Annual statistical returns and brief notes on vaccination in Bengal - 1896-1909
Year: 1896
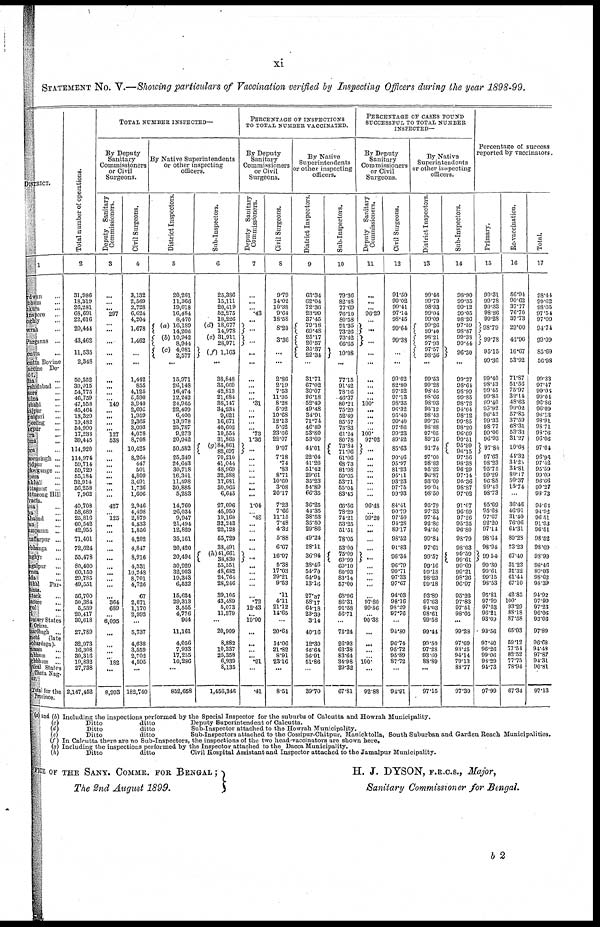
xi
STATEMENT NO. V.—Showing particulars of Vaccination verified by Inspecting Officers during the year 1898-99.
DISTRICT.
1
Burdwan ...
Birbhum ...
Bankura ...
Midnapore ...
Hooghly ...
Howrah ...
24-Parganas ...
Calcutta ...
Calcutta Bovine
Vaccine De¬
pôt,
Nadia ...
Murshidabad ...
Jessore
...
Khulna
...
Rajshahi ...
Dinajpur ...
Jalpaiguri ...
Darjeeiling ...
Rangpur ...
Bogra
...
Pabna ...
Dacca ...
Mymensingh ...
Faridpur ...
Backergunge ...
Tippera ...
Noakhali ...
Chittagong ...
Chittagong Hill
Tracts. Patna ...
Gaya ...
Shahabad ...
Saran ...
Champaran ...
Muzaffarpur ...
Darbhanga ...
Monghyr ...
Bhagalpur ...
Purnea ...
Malda ...
Sonthal Par¬
ganas.
Cuttack ...
Balasore ...
Angul ...
Puri ...
Tributary
States
of Orissa.
Hazaribagh ...
Ranchi (late
Lohardaga).
Palamau ...
Manbhum ...
Singhbhum ...
Political states
of Chota Nag¬
pur.
Total for the
Province.
Total number of operations.
2
31,986
18,319
26,281
68,691
22,616
20,444
43,462
11,535
2,348
50,352
39,015
54,775
46,759
47,558
45,464
18,329
19,482
54,990
17,233
39,445
114,920
114,974
59,714
59,729
65,184
32,914
56,258
7,962
40,703
58,689
25,816
60,542
42,955
71,401
72,624
55,478
80,400
60,150
29,785
49,551
56,700
50,384
5,539
20,417
30,618
27,789
32,973
16,308
30,316
19,832
27,738
2,147,452
TOTAL NUMBER INSPECTED—
By Deputy
Sanitary
Commissioners
or Civil
Surgeons.
Deputy Sanitary
Commissioners.
3
...
...
... 297
...
... ...
...
...
...
...
...
...
... 149
... ...
...
...
127
538
...
...
...
... ...
... ...
...
427
... 125
... ...
...
...
...
...
...
... ...
...
364
689
... 6,095
...
...
...
... 182
...
8,993
Civil Surgeons.
4
3,132
2,569
2,728
6,624
4,204
1,678
1,462
...
...
1,442
855
4,125
5,590
3,940
2,695
1,959
2,365
3,093
4,078
8,708
10,425
8,264
447
501
4,809
3,491
1,736
1,606
2,946
4,498
2,879
4,533
1,856
4,202
4,847
8,916
4,331
10,248
8,701
4,726
67
2,071
1,170
2,992
...
5,737
4,638
3,559
2,702
4,595
...
182,740
By Native Superintendents
or other inspecting
officers.
District Inspectors.
5
20,261
11,366
19,018
16,484
8,470
(a) 16,189
14,206
(b) 10,942
8,944
(c) 4,081
2,577
...
15,971
26,148
16,474
12,242
24,965
22,499
6,400
13,978
25,787
9,273
20,942
50,582
25,349
24,643
30,718
16,341
11,598
30,885
5,283
14,760
26,034
9,947
21,494
12,829
35,161
20,420
20,494
30,929
32,903
19,343
6,522
15,634
29,313
3,555
4,776
964
11,161
4,056
7,933
17,255
10,286
...
852,658
Sub-Inspectors.
6
25,386
15,111
20,419
52,275
18,226
(d) 18,677
14,978
(c) 31,911
28,971
(f) 1,163
...
38,848
35,669
42,813
21,684
38,147
34,234
9,621
16,671
40,602
10,554
31,865
(g)84,861
82,697
70,210
41,044
48,969
32,588
17,681
30,965
6,645
27,096
45,950
19,160
32,243
22,128
55,729
38,491
(h)41,661
38,830
55,551
48,682
24,764
28,246
89,105
43,489
5,073
11,579
...
20,909
8,882
10,337
25,358
6,939
8,135
1,456,346
PERCENTAGE OF INSPECTIONS
TO TOTAL NUMBER VACCINATED.
By Deputy
Sanitary
Commissioners
or Civil
Surgeons.
Deputy Sanitary
Commissioners.
7
...
...
... .43
...
...
...
...
...
... ...
...
... .31
...
...
...
... .73
1.36
...
...
...
... ...
...
...
...
1.04
... .48
...
...
...
...
...
...
...
... ...
...
.72
12.43
...
19.90
...
...
... ... .91
...
.41
Civil Surgeons.
8
9.79
14.02
10.38
9.64
18.58
8.20
3.36
...
...
2.86
2.19
753
11.95
8.28
5.92
10.68
12.13
5.62
23.66
22.07
9.07
7.18
.74
.83
8.71
10.60
3.08
20.17
7.23
7.66
11.15
7.48
4.32
5.88
6.67
16.07
5.38
17.03
29.21
9.53
.11
4.11
21.12
11.65
...
20.64
14.06
21.82
8.91
23.16
...
8.51
By Native
Superintendents
or other inspecting
officers.
District Inspectors.
9
63.34
62.04
72.36
23.99
37.45
79.18
69.48
25.17
20.57
35.37
22.34
...
31.71
67.02
30.07
26.18
52.49
49.48
34.91
71.74
46.89
53.80
53.09
41.01
22.04
41.26
51.42
29.61
35.23
54.89
66.35
36.25
44.35
38.53
35.50
29.86
49.24
28.11
36.94
38.46
54.70
64.94
13.16
27.37
58.17
64.18
23.39
314
40.16
12.30
48.64
56.91
51.86
...
39.70
Sub-Inspectors.
10
79.36
82.48
77.69
76.10
80.58
91.35
73.26
73.42
66.65
10.08
...
77.15
91.42
78.16
46.37
80.21
75.29
52.49
85.57
73.83
61.24
80.78
73.81
71.96
61.06
68.73
81.98
59.05
63.71
55.04
83.45
66.56
78.29
74.21
53.25
51.51
78.05
53.00
75.09
69.99
69.10
80.93
83-14
57.00
68.96
86.31
91.58
56.71
75.24
26.93
63.38
83.64
34.98
29.32
67.81
PERCENTAGE OF CASES FOUND
SUCCESSFUL TO TOTAL NUMBER
INSPECTED—
By Deputy
Sanitary
Commissioners
or Civil
Surgeons.
Deputy Sanitary
Commissioners.
11
...
...
... 96.29
...
...
...
...
...
...
... ...
...
100.
...
...
...
... 100.
97.02
...
... ...
...
...
...
... ...
96.48
... 99.20
... ...
...
...
...
... ...
... ...
...
97.80
99.56
... 90.38
...
...
...
... 100.
...
92.88
Civil Surgeons.
12
91.50
99.02
99.41
97.14
98.45
99.64
99.38
...
...
99.02
82.80
97.52
97.13
98.35
90.32
95.40
99.40
97.86
99.23
89.52
85.63
90.46
95.07
81.23
95.11
93.23
97.75
99.93
84.41
90.79
97.50
94.28
89.17
98.52
91.83
96.34
96.79
99.71
97.33
97.67
94.03
98.16
98.29
97.76
...
94.30
96.74
95.72
95.89
87.72
...
94.91
By Native
Superintendents
or other inspecting
officers.
District Inspectors.
13
99.46
99.79
98.33
99.04
99.09
99.26
99.40
98.21
97.93
97.57
98.56
...
99.53
99.28
98.45
98.66
98.93
95.12
98.43
99.76
98.88
97.05
89.16
91.74
97.00
98.83
95.22
96.87
93.09
99.04
98.50
95.79
97.33
97.54
92.86
94.50
99.84
97.61
99.57
99.16
99.18
98.23
99.18
93.89
97.63
94.03
98.61
99.58
99.44
99.50
97.28
93.60
88.89
...
97.15
Sub-Inspectors.
14
98.90
99.35
99.12
99.05
98.26
97.59
98.87
99.38
99.44
96.30
...
99.27
98.61
98.99
99.85
98.72
94.64
98.12
99.85
98.20
96.69
90.51
95.99
96.15
97.56
98.38
96.29
97.14
95.36
98.87
97.02
91.07
96.69
97.26
95.25
96.80
98.79
98.03
99.59
99.61
99.69
99.21
98.26
96.97
95.26
97.83
97.51
98.05
...
99.28
97.69
93.25
94.14
79.13
83.77
97.39
Percentage of success
reported by vaccinators.
Primary.
15
99.31
99.78
99.33
98.26
99.28
98.79
99.78
95.15
99.36
99.40
98.43
99.45
99.85
99.40
93.92
96.42
99.33
98.77
99.00
96.93
97.84
97.63
98.23
95.75
99.29
90.85
99.43
98.73
95.69
95.63
97.67
92.20
97.14
98.64
98.94
99.54
99.30
99.61
99.15
98.53
95.81
97.99
97.53
96.21
93.00
98.56
97.40
96.20
99.06
93.29
94.73
97.99
Re-vaccination.
16
56.94
90.62
37.77
76.70
37.73
29.00
42.96
16.67
53.92
71.87
51.56
75.97
32.14
48.63
90.02
57.85
37.59
68.31
53.33
31.27
10.63
41.32
31.25
34.81
80.17
50.37
15.74
...
36.46
46.91
31.40
76.06
64.31
80.28
73.23
67.40
31.23
31.32
61.41
67.10
42.85
100.
93.29
88.18
87.58
65.03
59.12
77.54
82.52
77.75
78.94
67.34
Total.
17
98.41
99.62
98.05
97.54
97.09
94.74
99.09
85.69
50.98
99.33
97.47
99.05
99.01
96.86
96.09
96.13
93.91
98.71
98.76
96.06
97.04
96.96
97.42
95.59
99.09
96.66
99.27
93.73
91.68
94.92
96.51
91.93
96.51
98.52
98.69
98.99
98.46
99.03
98.62
98.39
91.92
97.99
97.23
96.08
93.06
97.89
96.68
91.43
97.87
91.31
90.81
97.13
(a) and (b)
(c)
(d)
(e)
(f)
(g)
(h)
Including the inspections performed by the Special Inspector for the suburbs of Calcutta and Howrah Municipality.
Ditto
Ditto
Ditto
ditto
ditto
ditto
Deputy Superintendent of Calcutta.
Sub-Inspector attached to the Howrah Municipality.
Sub-Inspectors attached to the Cossipur-Chitpur, Manicktolla. South Suburban and Garden Beach Municipalities.
In Calcutta there are no Sub-Inspectors, the inspections of the two head-vaccinators are shown here.
Including the inspections performed by the Inspector attached to the Dacca Municipality.
Ditto
ditto
Civil Hospital Assistant and Inspector attached to the Jamalpur Municipality.
FICE OF THE SANY. COMMR. FOR BENGAL ;
The 2nd August 1899.
H. J. DYSON, F.R.C.S., Major,
Sanitary Commissioner for Bengal.